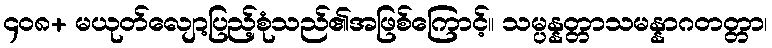
၄၀၈+ မယုတ်လျော့ပြည့်စုံသည်၏အဖြစ်ကြောင့်။ သမ္ပန္နတ္တာသမန္နာဂတတ္တာ၊